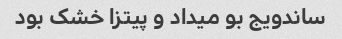
ساندویج بو میداد و پیتزا خشک بود